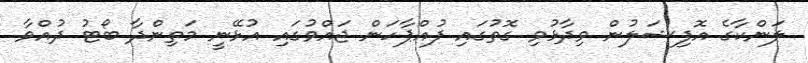
ލަންކާގެ އޮފިޝަލުން ވިދާޅުވި ގޮތުގައި ފުއްޕާހަން ޖައްވުގައި އުޅޭނީ މަތިންދާ ބޯޓު ދުއްވާ